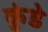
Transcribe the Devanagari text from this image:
कुंडेे